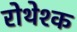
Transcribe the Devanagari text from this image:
रोथेश्क